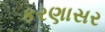
કરણાસર